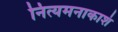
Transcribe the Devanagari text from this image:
नित्यमनाकाशं